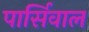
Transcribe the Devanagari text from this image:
पार्सिवाल